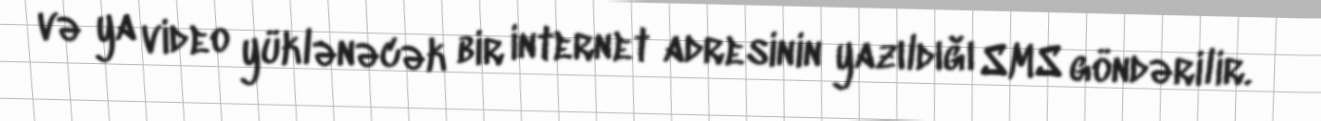
və ya video yüklənəcək bir internet adresinin yazıldığı SMS göndərilir.